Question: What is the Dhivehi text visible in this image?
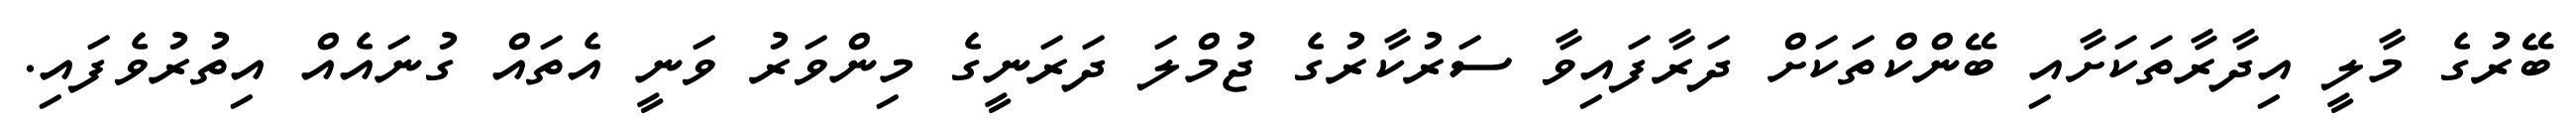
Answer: ބޭރުގެ މާލީ އިދާރާތަކަށާއި ބޭންކްތަކަށް ދަރާފައިވާ ސަރުކާރުގެ ޖުމްލަ ދަރަނީގެ މިންވަރު ވަނީ އެތައް ގުނައެއް އިތުރުވެފައި.